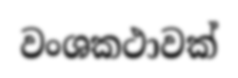
වංශකථාවක්